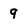
Character: 9